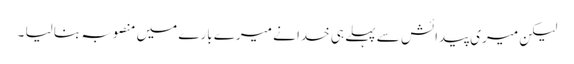
لیکن میری پیدائش سے پہلے ہی خدا نے میرے بارے میں منصوبہ بنا لیا ۔